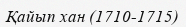
Қайып хан (1710-1715)